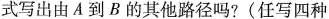
式写出由A到B的其他路径吗?(任写四种